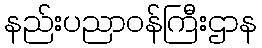
နည်းပညာဝန်ကြီးဌာန